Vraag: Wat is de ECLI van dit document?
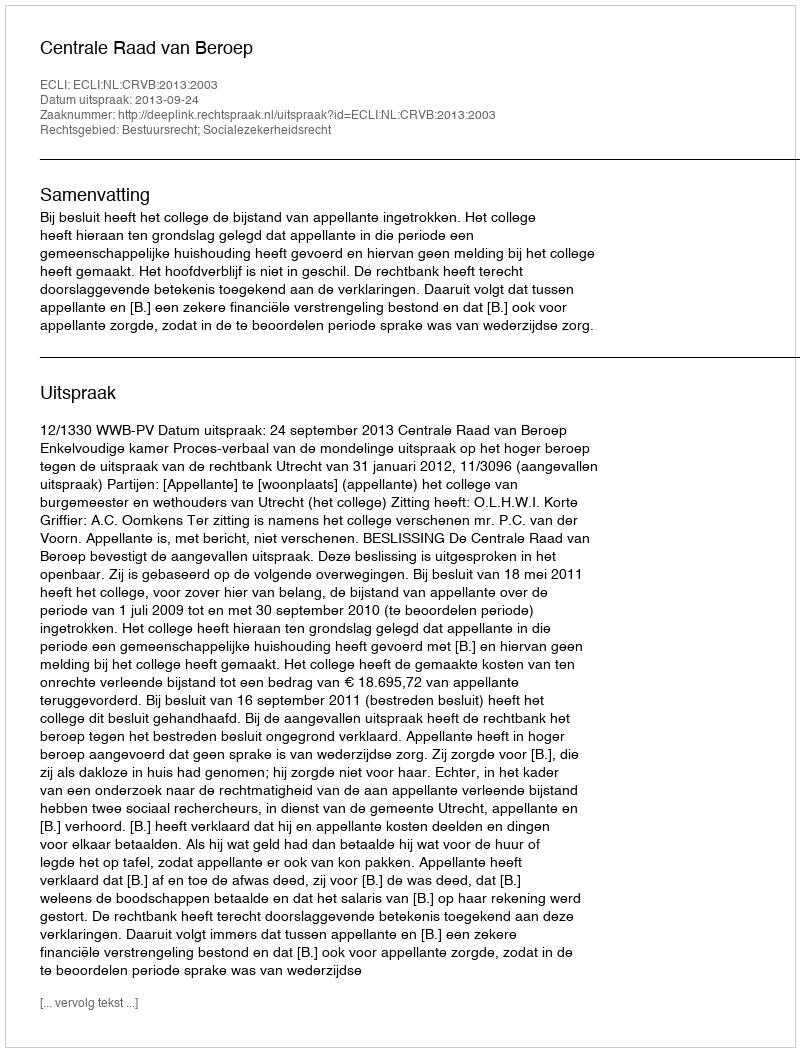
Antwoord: ECLI:NL:CRVB:2013:2003